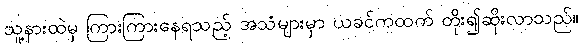
သူ့နားထဲမှ ကြားကြားနေရသည့် အသံများမှာ ယခင်ကထက် တိုး၍ဆိုးလာသည်။